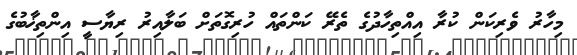
މިހާރު ވެރިކަން ކުރާ އިއްތިހާދުގެ ތެރޭ ކަންތައް ހުރިގޮތަށް ބަލާއިރު ރިޔާސީ އިންތިޚާބުގެ